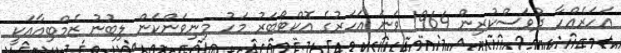
އަހަރެއްހާ ދުވަސްކުރިން 1964 ވަނަ އަހަރުގެ އޮކްޓޯބަރު މަހު މިނިވަންކަން ލިބުނު ޒެމްބިއާއަކީ